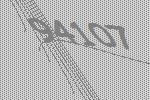
94107